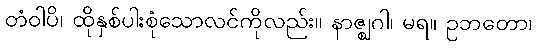
တံဝါပိ၊ ထိုနှစ်ပါးစုံသောလင်ကိုလည်း။ နာဇ္ဈဂါ၊ မရ။ ဥဘတော၊